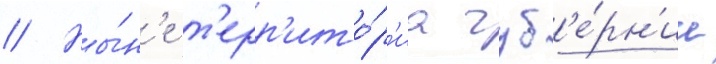
// Ны́н'е т'ерр'ито́р'иа губ'е́рн'ии